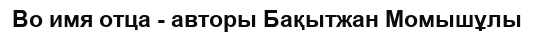
Во имя отца - авторы Бақытжан Момышұлы